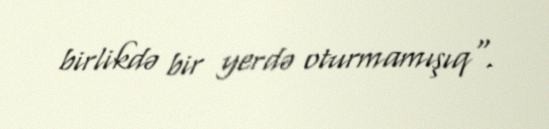
birlikdə bir yerdə oturmamışıq".